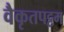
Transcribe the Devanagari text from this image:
वैकृतपट्टम